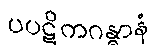
ပပဋိကဂန္ဓာနံ